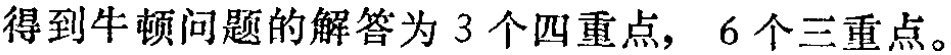
得到牛顿问题的解答为 3 个四重点, 6 个三重点。